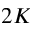
2 K